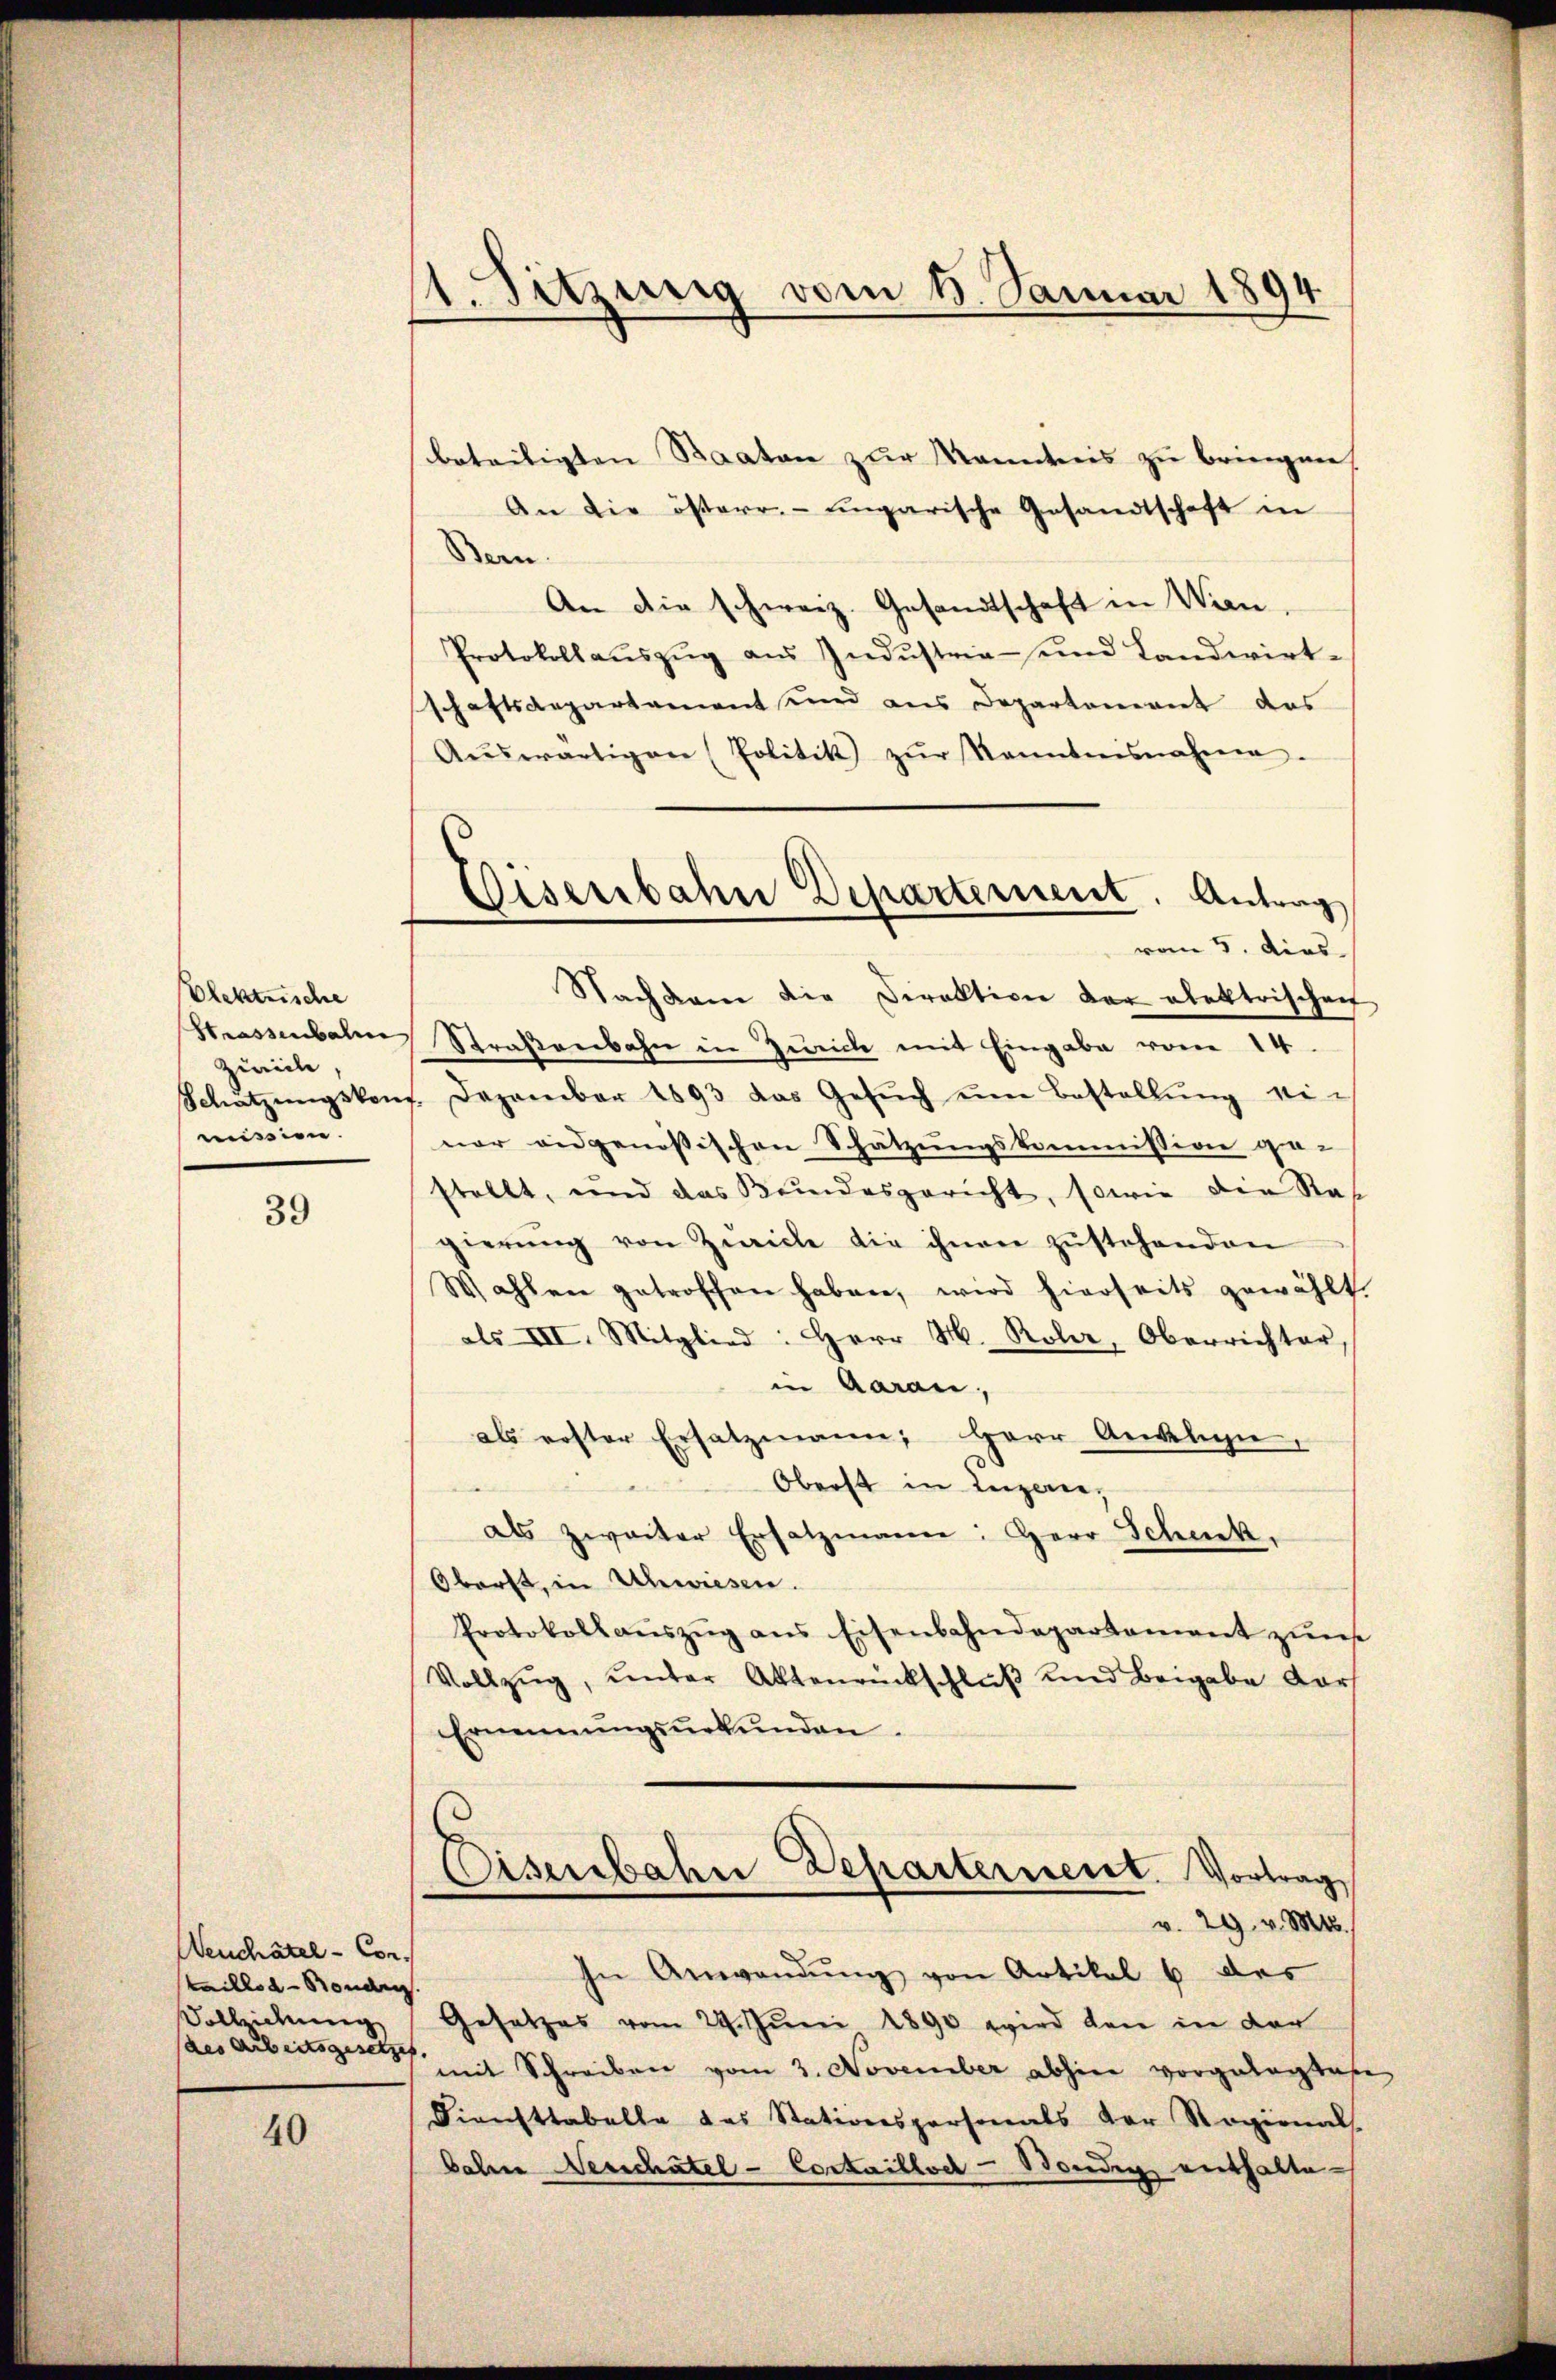
Elektrische
Zivile
mission.

39

Neuchâtel - Contaillon - Sonden
Vollziehung
des arbeitsgesetzes. |

40

1. Sitzung vom 1. Januar 1894

Eisenbahn Departement. Antrag
vom 5. dies

beteiligten Staaten zur Manntnis zu bringen,
An die österr.-ungarische Gesandtschaft in
Bern.
An die schweiz. Gesandtschaft in Wien,
Protokollauszug aus Industria- und Landwirt-
schaftsdepartament und aus Departement das
Aŭswärtigen (Politik zŭr Kenntnisnahme
Nachdem die Direktion der alektrischen
Strassenbahne Straßenbahn in Zürich mit Eingabe vom 14.
Schätzŭngskon. Dezember 1893 das Gesŭch ŭm Bestellŭng ei-
ner eidgenössischen Schätzungskommission ge-
stellt, und das Bundesgericht, sowie die Rat
gierŭng von Zürich die ihnen zŭstehenden
Wahlen getroffen haben, wird hierseits gewählt.
als III. Mitglied: Herr M. Rober, Oberrichter
in Aarau,
als erster Ersatzmann, Herr Anklin,
Oberst in Luzern
als zweiter Ersatzmann: Herr Schenk,
Oberst, in Uhwiesen.
Protokoll aŭszŭg ans Eisenbahndepartement zŭs
Vollzŭg, ŭnter Aktenrückschlŭβ und Beigabe dor
Ernennungsurkunden.
Eisenbahn Departerneret. Vortrag
v. 29. v. Mts.
In Anwendŭng von Artikel 6 des
Gesetzes vom 24. Juni 1890 wird den in der
mit Schreiben vom 3. November abhin vorgelegtes
Diensttabelle das Stationspersonals der Ragional
bahne Verschatel - Cortailloer-Bondig enthalte¬